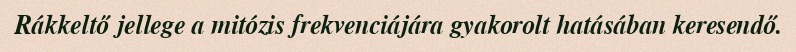
Rákkeltő jellege a mitózis frekvenciájára gyakorolt hatásában keresendő.